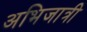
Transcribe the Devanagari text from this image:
अभिजात्री